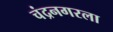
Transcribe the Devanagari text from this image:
चंद्रनगरला